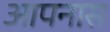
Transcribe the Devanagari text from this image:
आपनास